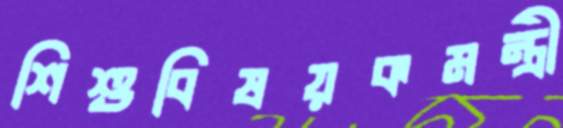
শিশুবিষয়কমন্ত্রী